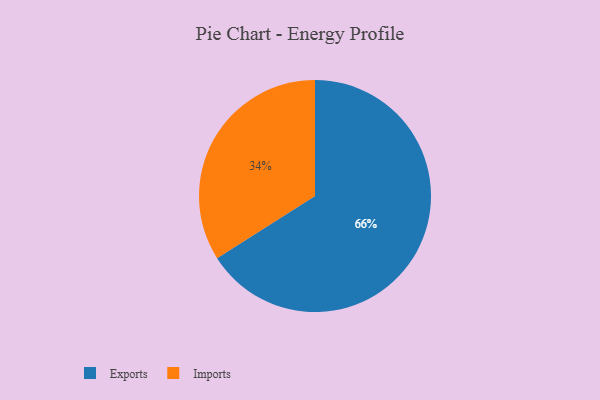
{"axis": {"x": "Category", "y": "Percentage"}, "legend": ["Exports", "Imports"], "data": [{"x": "Exports", "y": 66, "type": "Exports"}, {"x": "Imports", "y": 34, "type": "Imports"}]}